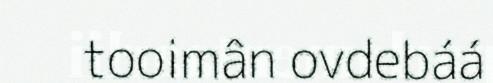
tooimân ovdebáá